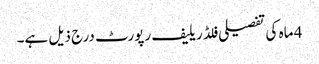
4 ماہ کی تفصیلی فلڈ ریلیف رپورٹ درج ذیل ہے۔